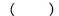
( )